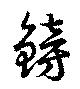
鎊